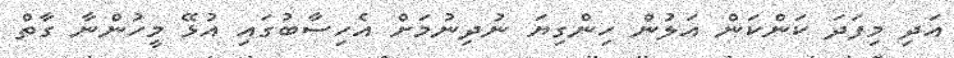
އަދި މިފަދަ ކަންކަން އަލުން ހިންގިޔަ ނުދިނުމަށް އެހިސާބުގައި އުޅޭ މީހުންނާ ގާތް